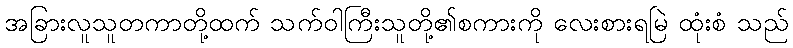
အခြားလူသူတကာတို့ထက် သက်ဝါကြီးသူတို့၏စကားကို လေးစားရမြဲ ထုံးစံ သည်